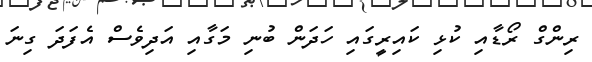
ރިންގް ރޯޑާއި ކުޅި ކައިރީގައި ހަދަން ބުނި މަގާއި އަދިވެސް އެފަދަ ގިނަ